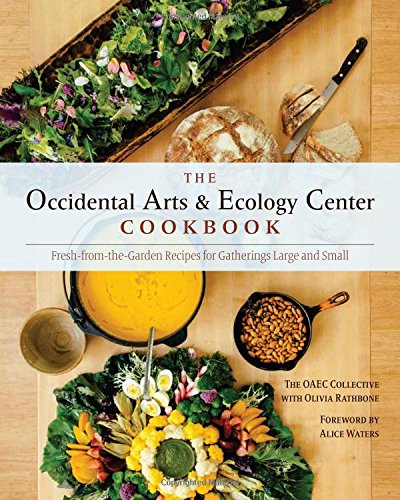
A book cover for The Occidental Arts and Ecology Center Cookbook: Fresh-from-the-Garden Recipes for Gatherings Large and Small; The Occidental Arts and Ecology Center; Cookbooks, Food & Wine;